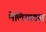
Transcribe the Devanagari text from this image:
मेलियाडस